General report no. 6 on the lunatic asylums, vaccination and dispensaries in the Bengal Presidency, 1873 -
Year: 1873
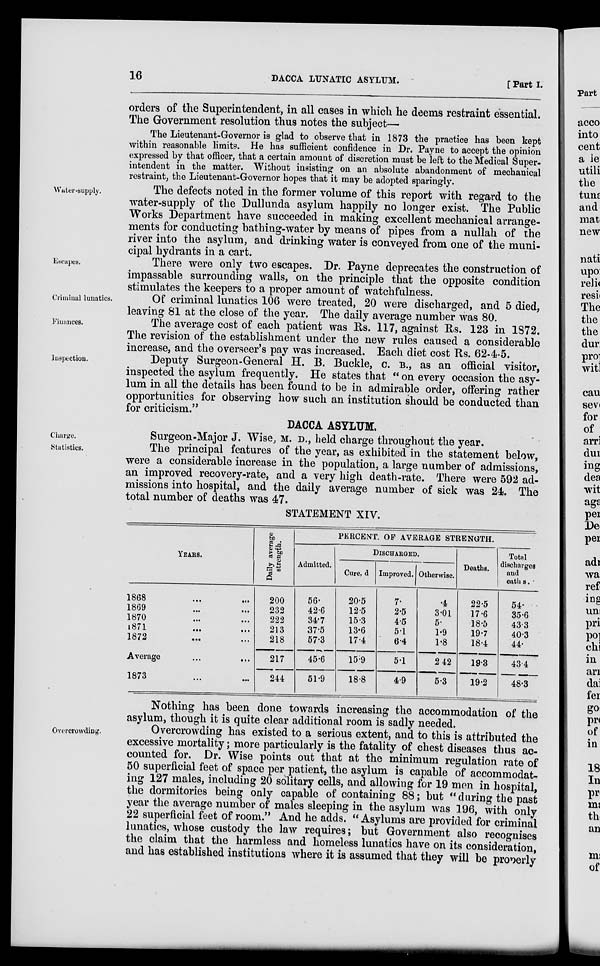
16
DACCA LUNATIC ASYLUM.
[Part I.
orders of the Superintendent, in all cases in which he deems restraint essential.
The Government resolution thus notes the subject—
The Lieutenant-Governor is glad to observe that in 1873 the practice has been kept
within reasonable limits. He has sufficient confidence in Dr. Payne to accept the opinion
expressed by that officer, that a certain amount of discretion must be left to the Medical Super-
intendent in the matter. Without insisting on an absolute abandonment of mechanical
restraint, the Lieutenant-Governor hopes that it may be adopted sparingly.
Water-supply.
The defects noted in the former volume of this report with regard to the
water-supply of the Dullunda asylum happily no longer exist. The Public
Works Department have succeeded in making excellent mechanical arrange-
ments for conducting bathing-water by means of pipes from a nullah of the
river into the asylum, and drinking water is conveyed from one of the muni-
cipal hydrants in a cart.
Escapes.
There were only two escapes. Dr. Payne deprecates the construction of
impassable surrounding walls, on the principle that the opposite condition
stimulates the keepers to a proper amount of watchfulness.
Criminal lunatics.
Of criminal lunatics 106 were treated, 20 were discharged, and 5 died,
leaving 81 at the close of the year. The daily average number was 80.
Finances.
The average cost of each patient was Rs. 117, against Rs. 123 in 1872.
The revision of the establishment under the new rules caused a considerable
increase, and the overseer's pay was increased. Each diet cost Rs. 62-4-5.
Inspection.
Deputy Surgeon-General H. B. Buckle, C. B., as an official visitor,
inspected the asylum frequently. He states that " on every occasion the asy-
lum in all the details has been found to be in admirable order, offering rather
opportunities for observing how such an institution should be conducted than
for criticism."
DACCA ASYLUM.
Charge.
Statistics.
Surgeon-Major J. Wise, M. D., held charge throughout the year.
The principal features of the year, as exhibited in the statement below,
were a considerable increase in the population, a large number of admissions,
an improved recovery-rate, and a very high death-rate. There were 592 ad-
missions into hospital, and the daily average number of sick was 24. The
total number of deaths was 47.
STATEMENT XIV.
YEARS.
1868
...
...
1869 ... ...
1870 ... ...
1871
...
...
1872 ... ...
Average
...
...
1873 ... ...
Daily average
strength.
200
232
222
213
218
217
244
PERCENT. OF AVERAGE STRENGTH.
Admitted.
56.
42.6
34.7
37.5
57.3
45.6
51.9
DISCHARGED.
Cured.
20.5
12.5
15.3
13.6
17.4
15.9
18.8
Improved.
7.
2.5
4.5
5.1
6.4
5.1
4.9
Otherwise.
.4
3.01
5.
1.9
1.8
2.42
5.3
Deaths.
22.5
17.6
18.5
19.7
18.4
19.3
19.2
Total
discharges
and
eath s.
54.
35.6
43.3
40.3
44.
43.4
48.3
Nothing has been done towards increasing the accommodation of the
asylum, though it is quite clear additional room is sadly needed.
Overcrowding.
Overcrowding has existed to a serious extent, and to this is attributed the
excessive mortality ; more particularly is the fatality of chest diseases thus ac-
counted for. Dr. Wise points out that at the minimum regulation rate of
50 superficial feet of space per patient, the asylum is capable of accommodat-
ing 127 males, including 20 solitary cells, and allowing for 19 men in hospital,
the dormitories being only capable of containing 88; but "during the past
year the average number of males sleeping in the asylum was 196, with only
22 superficial feet of room." And he adds. " Asylums are provided for criminal
lunatics, whose custody the law requires; but Government also recognises
the claim that the harmless and homeless lunatics have on its consideration,
and has established institutions where it is assumed that they will be properly